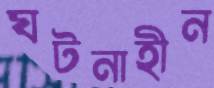
ঘটনাহীন